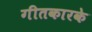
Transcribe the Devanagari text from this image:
गीतकारके